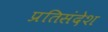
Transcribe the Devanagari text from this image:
प्रतिसंदेश